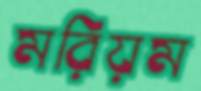
মরিয়ম